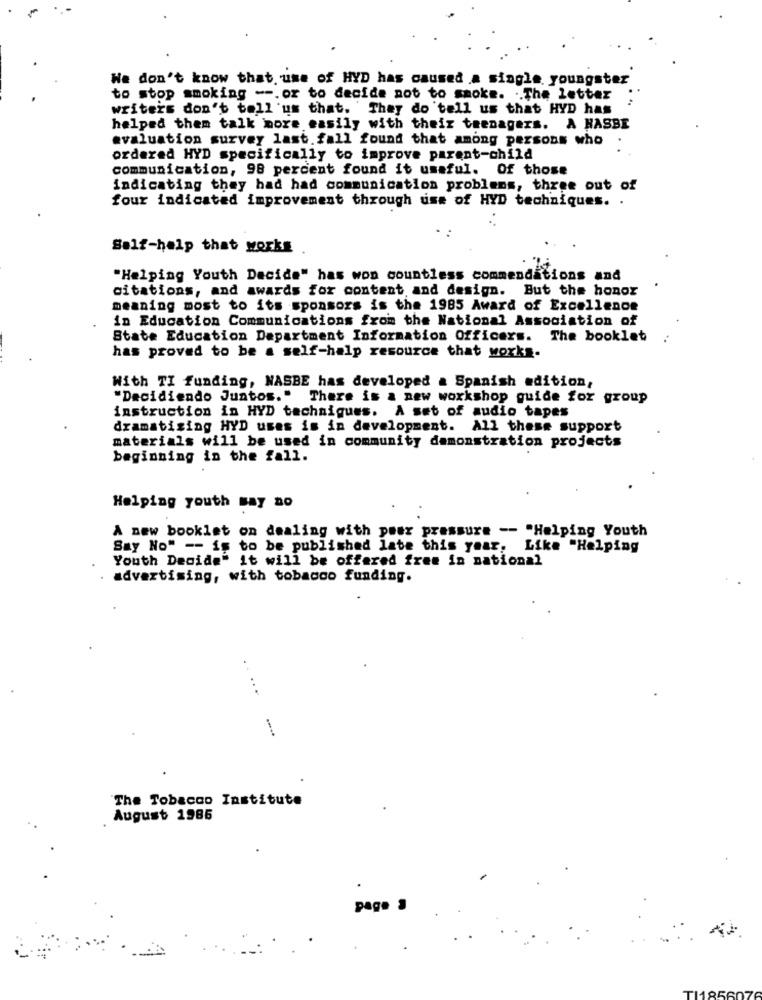
We don't know that. use of HYD has caused .a single. youngster
to stop smoking --. or to decide not to smoke. .. The letter
writers don't tell us that. They do 'tell us that HYD has
helped them talk more easily with their teenagers. A NASBE
evaluation survey last.fall found that among persons who
ordered HYD specifically to improve parent-child
communication, 98 percent found it umaful. Of those
indicating they had had communication problems, three out of
four indicated improvement through use of HYD techniques. .
Self-help that works
"Helping Youth Decide" has won countless commendations and
citations, and awards for content and design. But the honor
meaning most to its sponsors is the 1985 Award of Excellence
in Education Communications from the National Association of
State Education Department Information Officers. The booklet
has proved to be a self-help resource that works-
With TI funding, NASBE has developed a Spanish edition,
"Decidiendo Juntos." There is a new workshop guide for group
instruction in HYD techniques. A set of audio tapes
dramatizing HYD uses is in development. All these support
materials will be used in community demonstration projects
beginning in the fall.
Helping youth May ao
A new booklet on dealing with peer pressure -- "Helping Youth
Say No" -- is to be published late this year, Like "Helping
Youth Decide" it will be offered free in national
advertising, with tobacco funding.
.....
The Tobacco Institute
August 1986
page .